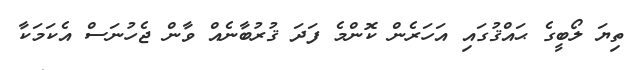
ތިޔަ ލޯބީގެ ޙައްޤުގައި އަހަރެން ކޮންމެ ފަދަ ޤުރުބާނެއް ވާން ޖެހުނަސް އެކަމަކާ